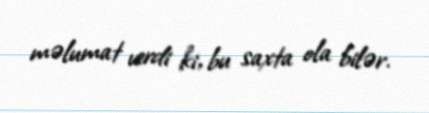
məlumat verdi ki, bu saxta ola bilər.